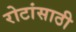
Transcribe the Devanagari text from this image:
रोटांसाठी